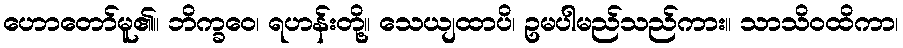
ဟောတော်မူ၏။ ဘိက္ခဝေ၊ ရဟန်းတို့။ သေယျထာပိ၊ ဥမပါမည်သည်ကား။ သာသိဝထိကာ၊